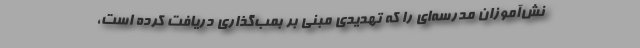
نش‌آموزان مدرسه‌ای را که تهدیدی مبنی بر بمب‌گذاری دریافت کرده است،